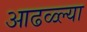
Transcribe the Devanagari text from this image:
आढळ्ल्या